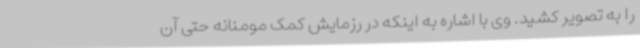
را به تصویر کشید. وی با اشاره به اینکه در رزمایش کمک مومنانه حتی آن